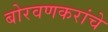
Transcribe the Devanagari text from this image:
बोरवणकरांचे